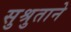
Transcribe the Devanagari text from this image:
सुश्रुताने